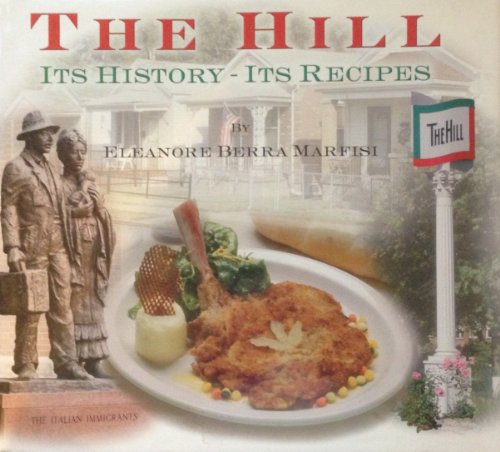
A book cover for The Hill:  Its History - Its Recipes; Eleanor Berra Marfisi; Cookbooks, Food & Wine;